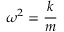
\omega ^ { 2 } = { \frac { k } { m } }